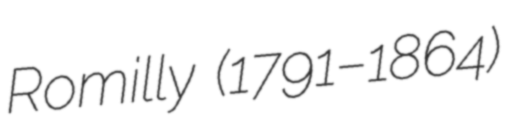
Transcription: Romilly (1791–1864)